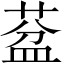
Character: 葐